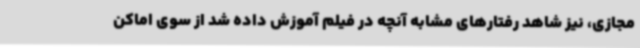
مجازی، نیز شاهد رفتارهای مشابه آنچه در فیلم آموزش داده شد از سوی اماکن